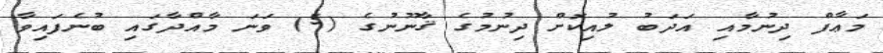
މަޢާފް ދިނުމާއި އަދަބު ލުއިކޮށް ދިނުމުގެ ޤާނޫނުގެ (5) ވަނަ މާއްދާގައި ބުނެފައިވާ